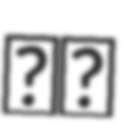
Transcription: أم